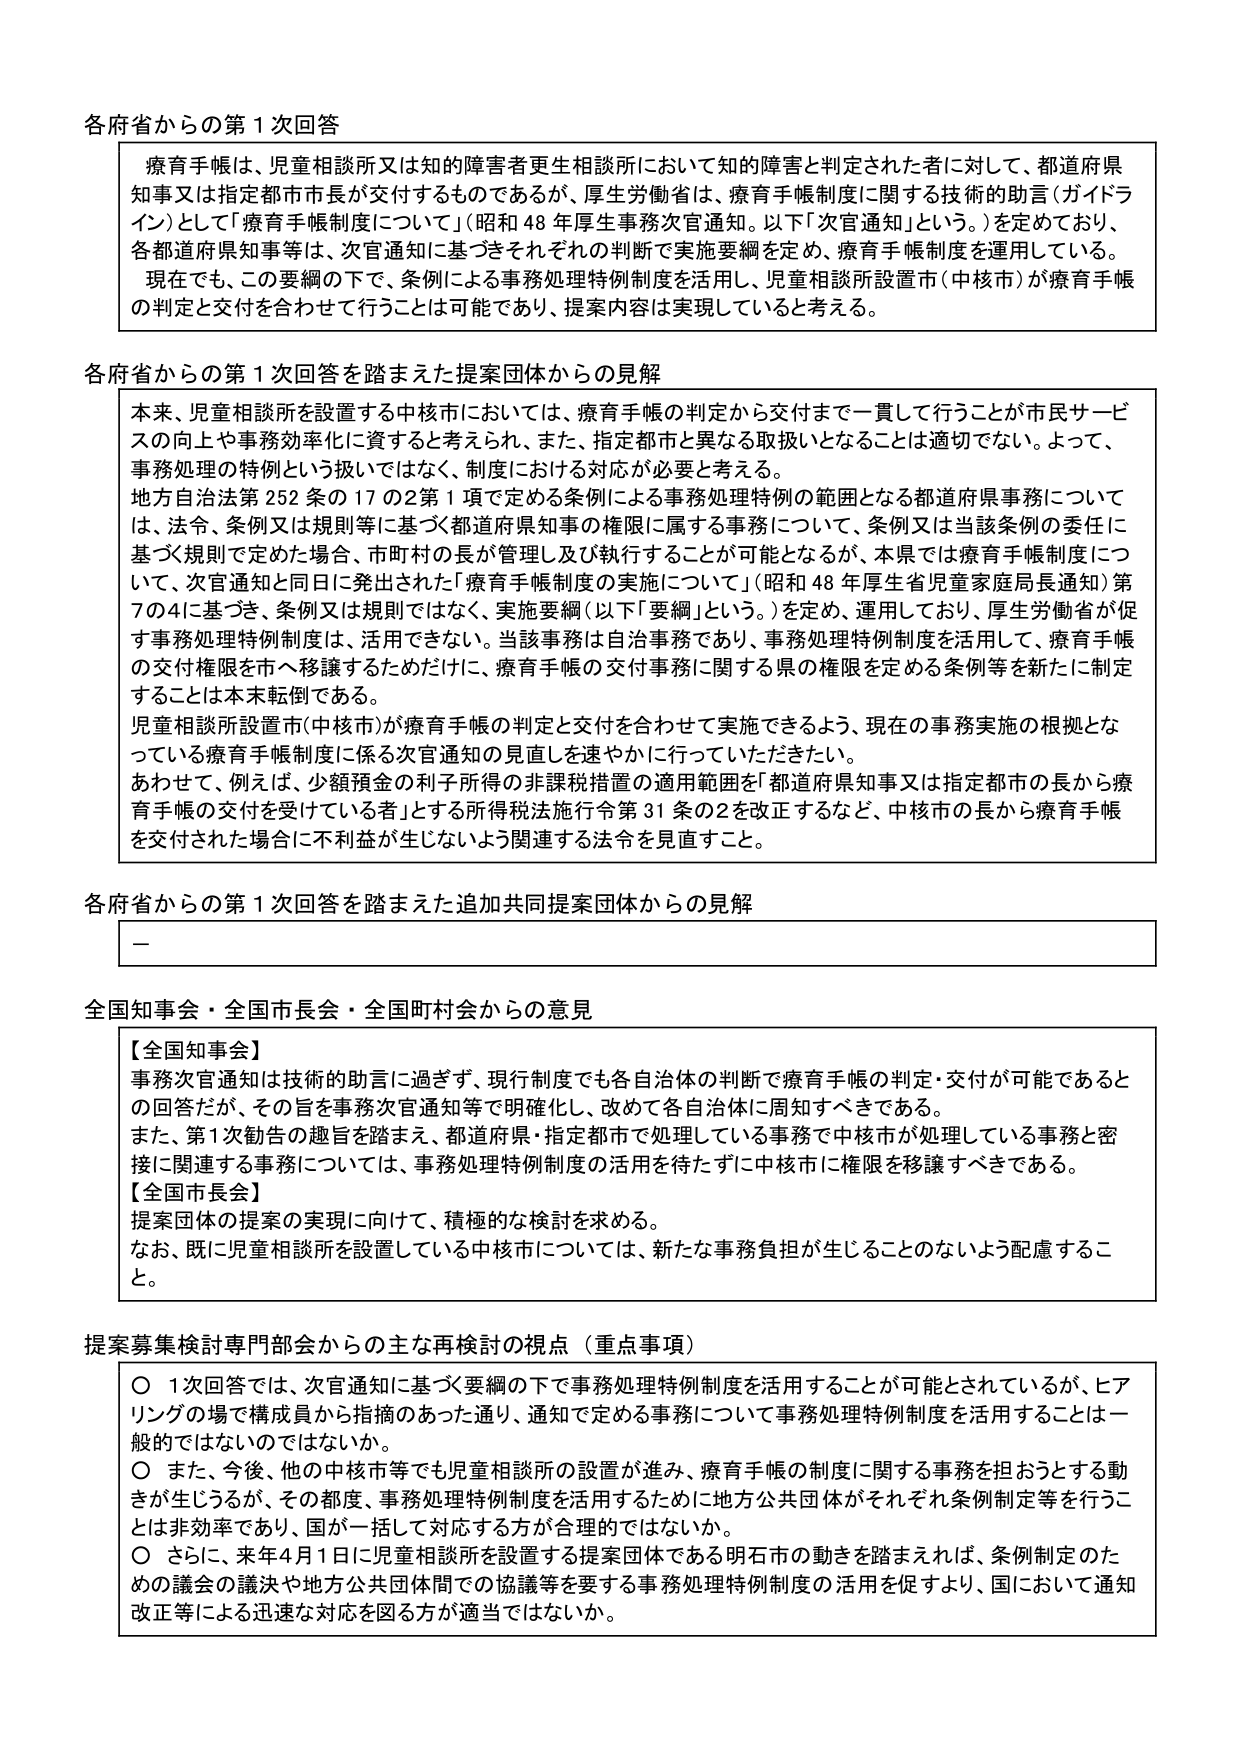
各府省からの第１回回答

療育手帳は、児童相談所又は知的障害者更生相談所において知的障害と判定された者に対して、都道府県知事又は指定都市市長が交付するものであるが、厚生労働省は、療育手帳制度に関する技術的助言（ガイドライン）として「療育手帳制度について」（昭和48年厚生事務次官通知。以下「次官通知」という。）を定めており、各都道府県知事等は、次官通知に基づきそれぞれの判断で実施要綱を定め、療育手帳制度を運用している。現在でも、この要綱の下で、条例による事務処理特例制度を活用し、児童相談所設置市（中核市）が療育手帳の判定と交付を合わせて行うことは可能であり、提案内容は実現していると考える。

各府省からの第１回回答を踏まえた提案団体からの見解

本来、児童相談所を設置する中核市においては、療育手帳の判定から交付まで一貫して行うことが市民サービスの向上や事務効率化に資すると考えられ、また、指定都市と異なる取扱いとなることは適切でない。よって、事務処理の特例という扱いではなく、制度における対応が必要と考える。
地方自治法第252条の17の2第1項で定める条例による事務処理特例の範囲となる都道府県事務については、法令、条例又は規則等に基づく都道府県知事の権限に属する事務について、条例又は当該条例の委任に基づく規則で定めた場合、市町村の長が管理及び執行することが可能となるが、本県では療育手帳制度について、次官通知と同日に発出された「療育手帳制度の実施について」（昭和48年厚生省児童家庭局長通知）第7の4に基づき、条例又は規則ではなく、実施要綱（以下「要綱」という。）を定め、運用しており、厚生労働省が促す事務処理特例制度は、活用できない。当該事務は自治事務であり、事務処理特例制度を活用して、療育手帳の交付権限を市へ移譲するためだけに、療育手帳の交付事務に関する県の権限を定める条例等を新たに制定することは本末転倒である。
児童相談所設置市（中核市）が療育手帳の判定と交付を合わせて実施できるよう、現在の事務実施の根拠となっている療育手帳制度に係る次官通知の見直しを速やかに行っていただきたい。
あわせて、例えば、少額預金の利子所得の非課税措置の適用範囲を「都道府県知事又は指定都市の長から療育手帳の交付を受けている者」とする所得税法施行令第31条の2を改正するなど、中核市の長から療育手帳を交付された場合に不利益が生じないよう関連する法令を見直すこと。

各府省からの第１回回答を踏まえた追加共同提案団体からの見解

－

全国知事会・全国市長会・全国町村会からの意見

【全国知事会】
事務次官通知は技術的助言に過ぎず、現行制度でも各自治体の判断で療育手帳の判定・交付が可能であるとの回答だが、その旨を事務次官通知等で明確化し、改めて各自治体に周知すべきである。
また、第1次勧告の趣旨を踏まえ、都道府県・指定都市で処理している事務で中核市が処理している事務と密接に関連する事務については、事務処理特例制度の活用を待たずに中核市に権限を移譲すべきである。
【全国市長会】
提案団体の提案の実現に向けて、積極的な検討を求める。
なお、既に児童相談所を設置している中核市については、新たな事務負担が生じることのないよう配慮すること。

提案募集検討専門部会からの主な再検討の視点（重点事項）

○ 1次回答では、次官通知に基づく要綱の下で事務処理特例制度を活用することが可能とされているが、ヒアリングの場で構成員から指摘のあった通り、通知で定める事務について事務処理特例制度を活用することは一般的ではないのではないか。
○ また、今後、他の中核市等でも児童相談所の設置が進み、療育手帳の制度に関する事務を担おうとする動きが生じうるが、その都度、事務処理特例制度を活用するために地方公共団体がそれぞれ条例制定等を行うことは非効率であり、国が一括して対応する方が合理的ではないか。
○ さらに、来年4月1日に児童相談所を設置する提案団体である明石市の動きを踏まえれば、条例制定のための議会の議決や地方公共団体間での協議等を要する事務処理特例制度の活用を促すより、国において通知改正等による迅速な対応を図る方が適当ではないか。